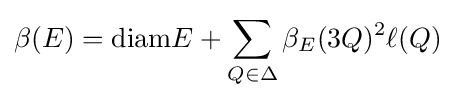
\beta (E)={\text{diam}}E+\sum _{Q\in \Delta }\beta _{E}(3Q)^{2}\ell (Q)